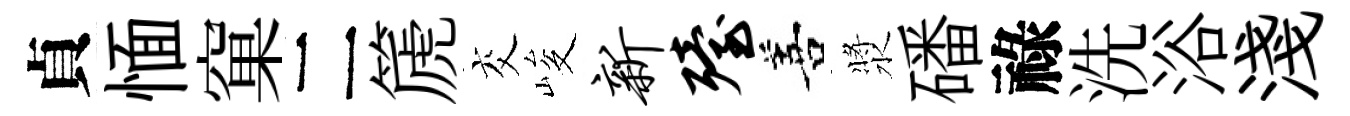
貞愐窠二篪交峻新殪善漿磻祿洗浴淺